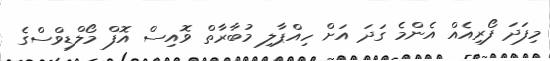
މިފަދަ ފޯރިއެއް އެންމެ ގަދަ އަށް ހިއްޕާލި މުބާރާތް ވޮއިސް އޮފް މޯލްޑިވްސްގެ